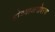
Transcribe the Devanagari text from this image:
होण्याअगोदरच